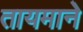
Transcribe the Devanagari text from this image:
तायमाने